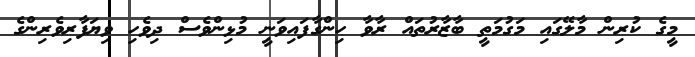
މީގެ ކުރިން މާލޭގައި މަގުމަތީ ބާޒާރުތައް ރާވާ ހިންގާފައިވަނީ މުޅިންވެސް ދިވެހި ވިޔަފާރިވެރިންގެ